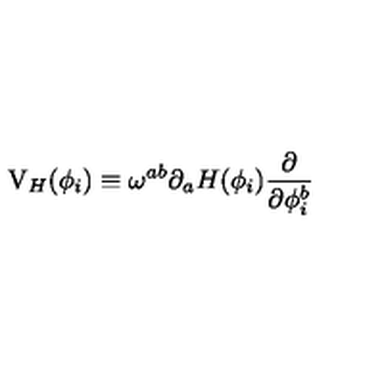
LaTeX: \mathrm { V } _ { H } ( \phi _ { i } ) \equiv \omega ^ { a b } \partial _ { a } H ( \phi _ { i } ) \frac { \partial } { \partial \phi _ { i } ^ { b } }